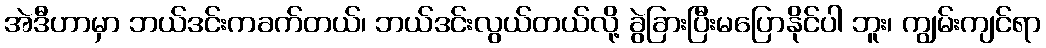
အဲဒီဟာမှာ ဘယ်ဒင်းကခက်တယ်၊ ဘယ်ဒင်းလွယ်တယ်လို့ ခွဲခြားပြီးမပြောနိုင်ပါ ဘူး၊ ကျွမ်းကျင်ရာ